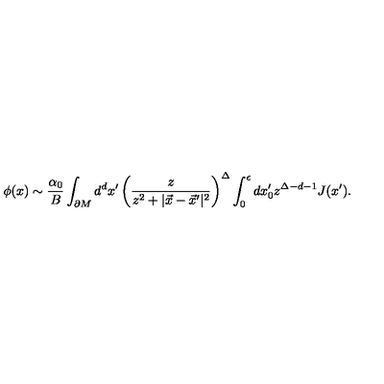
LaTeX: \phi ( x ) \sim { \frac { \alpha _ { 0 } } { B } } \int _ { \partial M } d ^ { d } x ^ { \prime } \left( \frac { z } { z ^ { 2 } + | \vec { x } - \vec { x } ^ { \prime } | ^ { 2 } } \right) ^ { \Delta } \int _ { 0 } ^ { \epsilon } d x _ { 0 } ^ { \prime } { z } ^ { \Delta - d - 1 } J ( x ^ { \prime } ) .